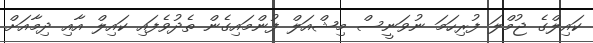
ކައިލްގެ ޖުމްލަ ފުރިހަމަ ނުވަނީސް މިޝްއަލް ފުންމައިގެން ތެދުވެފައި ކައިލް އާއި ދިމާއަށް